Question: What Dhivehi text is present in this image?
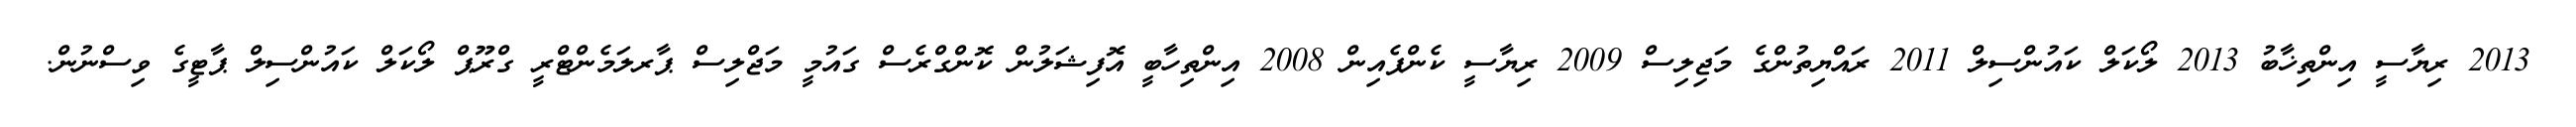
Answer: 2013 ރިޔާސީ އިންތިޚާބު 2013 ލޯކަލް ކައުންސިލް 2011 ރައްޔިތުންގެ މަޖިލިސް 2009 ރިޔާސީ ކެންޕެއިން 2008 އިންތިހާބީ އޮފިޝަލުން ކޮންގްރެސް ގައުމީ މަޖްލިސް ޕާރލަމެންޓްރީ ގްރޫޕް ލޯކަލް ކައުންސިލް ޕާޓީގެ ވިސްނުން.